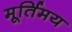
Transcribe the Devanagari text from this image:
मूर्तिमय